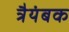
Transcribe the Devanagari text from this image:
त्रैयंबक